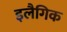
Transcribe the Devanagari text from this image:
इलैगिक